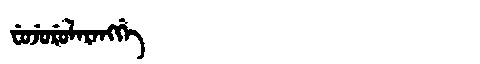
Manchu: ᠸᡠᠵᡠᡵᡠᠯᠠᡵᠠᠩᡤᡝ
Romanization: FUJURULARANGGE